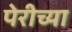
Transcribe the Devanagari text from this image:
पेरीच्या